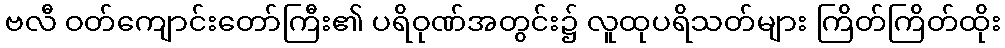
ဗလီ ဝတ်ကျောင်းတော်ကြီး၏ ပရိဝုဏ်အတွင်း၌ လူထုပရိသတ်များ ကြိတ်ကြိတ်ထိုး